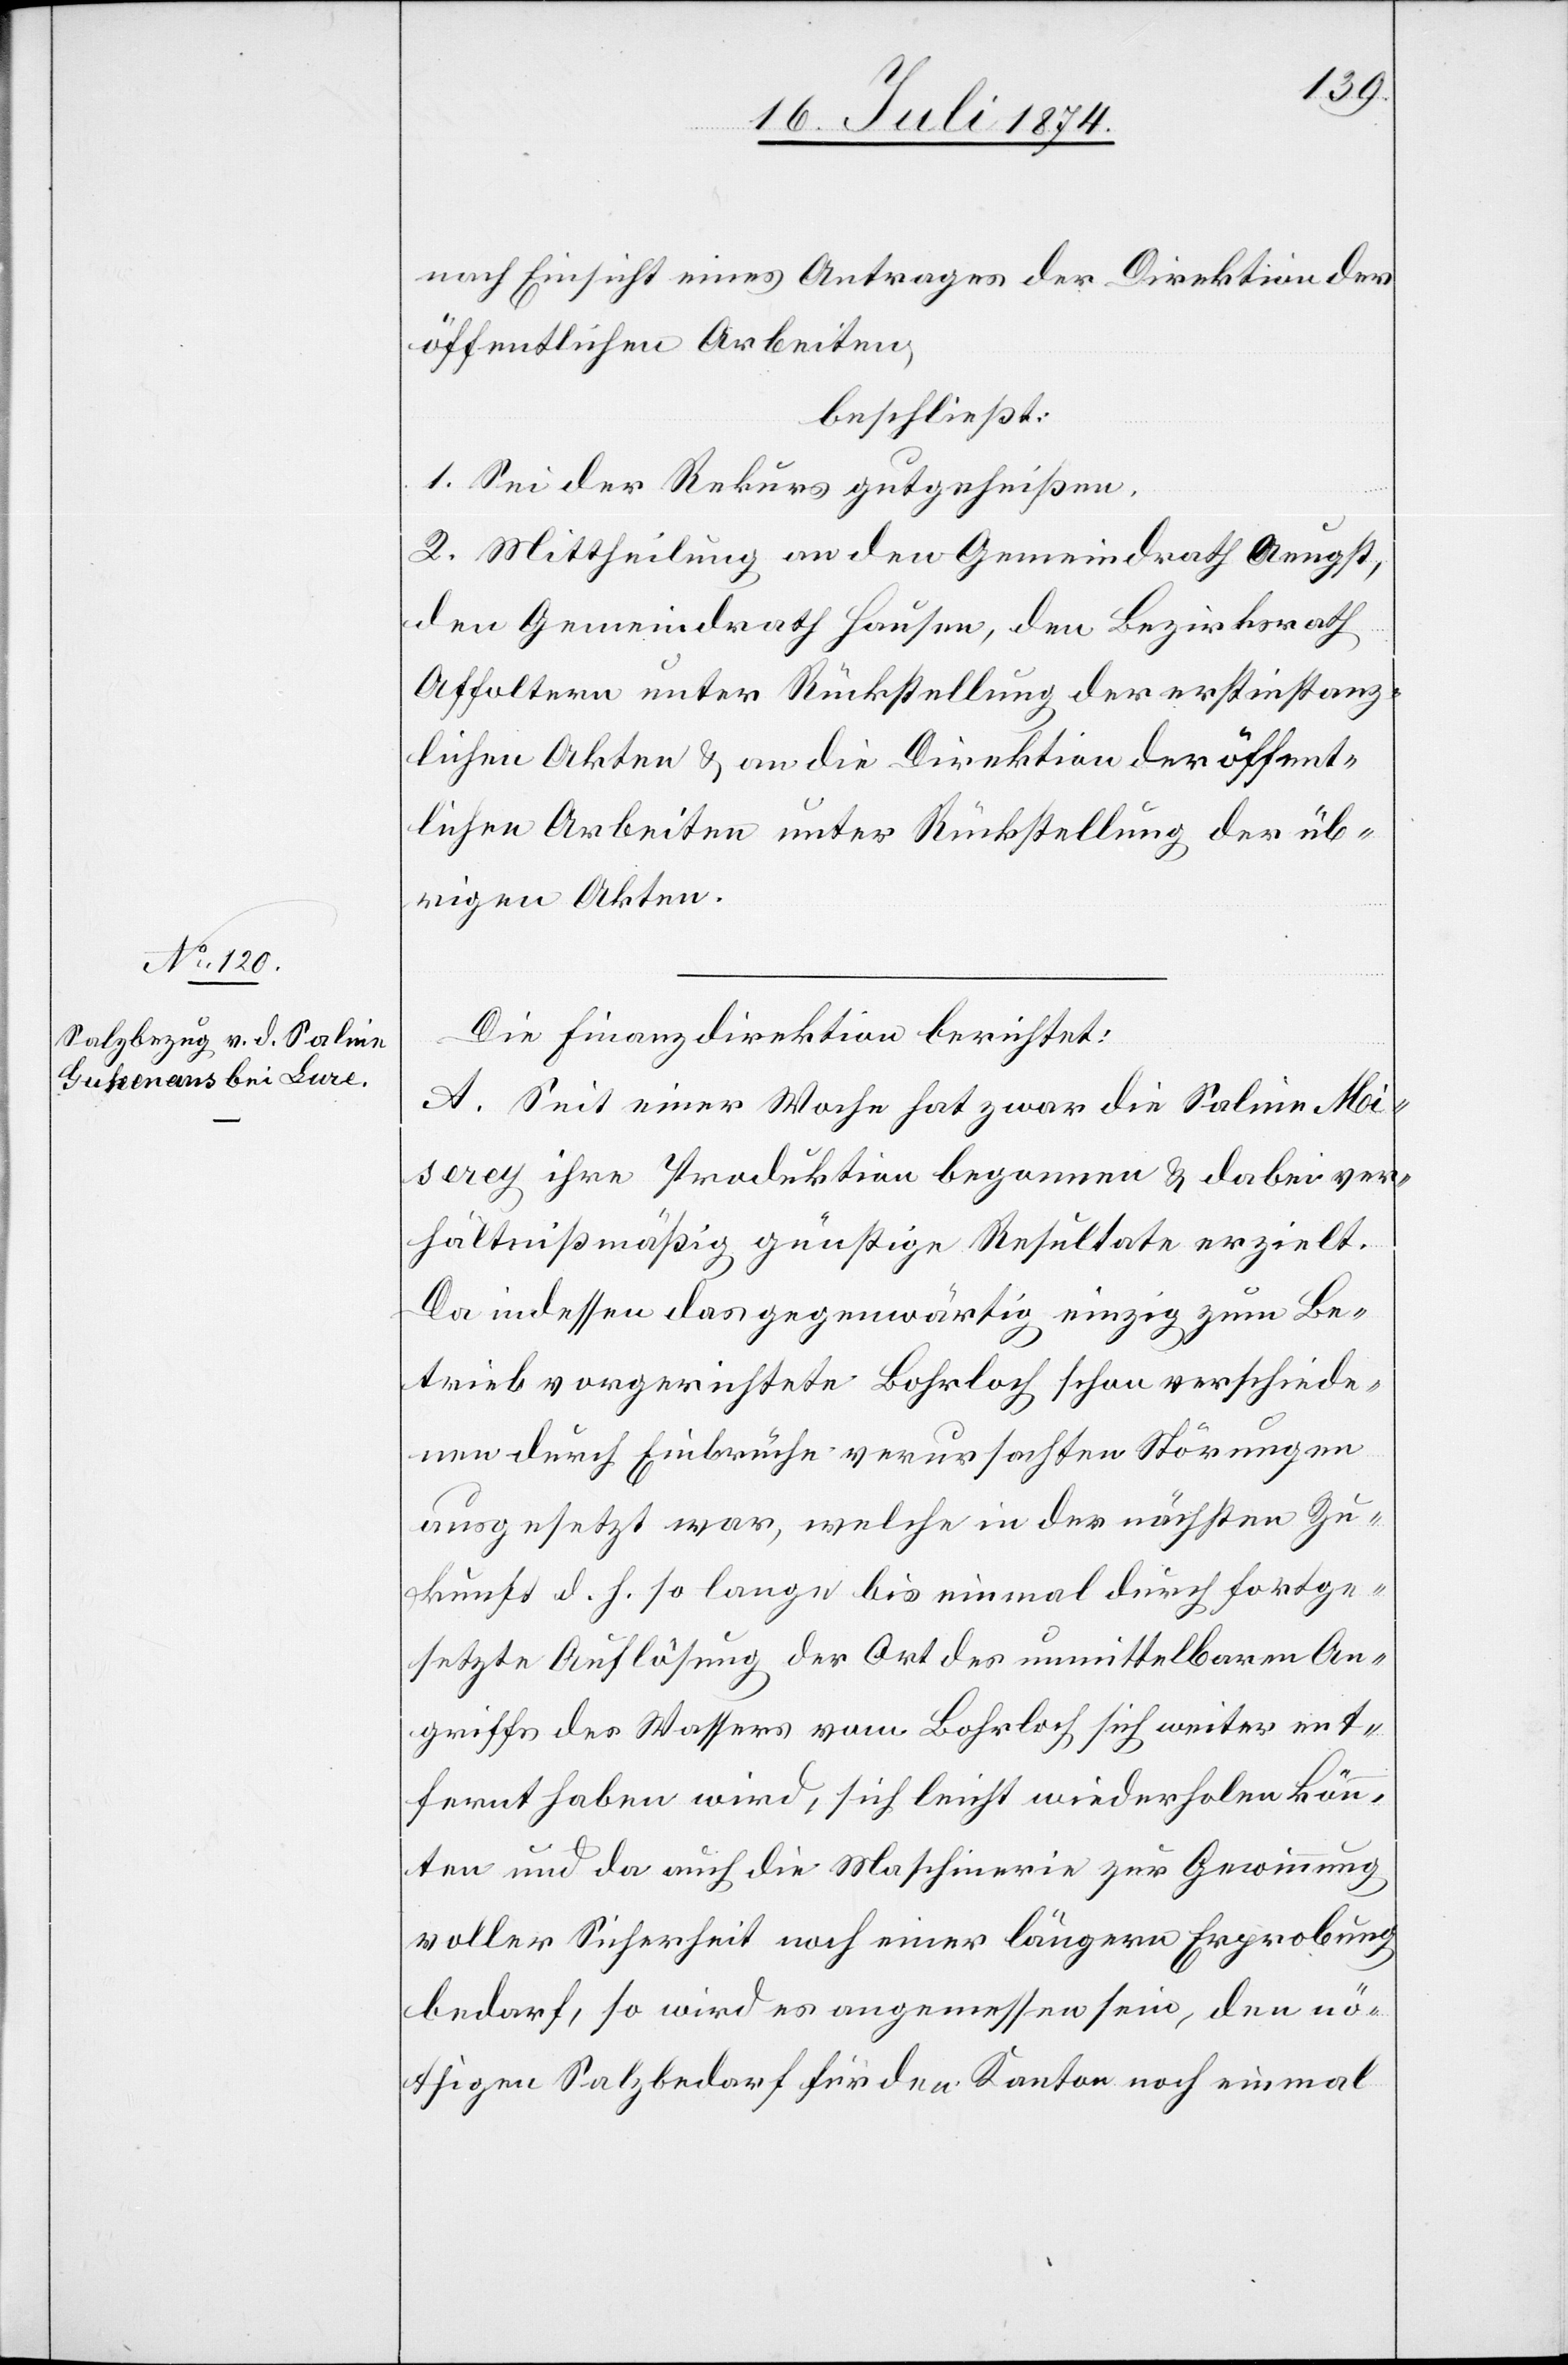
nach Einsicht eines Antrages der Direktion der
öffentlichen Arbeiten,
beschließt:
1. Sei der Rekurs gutzuheißen.
2. Mittheilung an den Gemeindrath Aeugst,
den Gemeindrath Hausen, den Bezirksrath
Affoltern unter Rückstellung der erstinstanz¬
lichen Akten u. an die Direktion der öffent¬
lichen Arbeiten unter Rückstellung der üb¬
rigen Akten.
Die Finanzdirektion berichtet:
A. Seit einer Woche hat zwar die Saline Mi¬
serey ihre Produktion begonnen u. dabei ver¬
hältnißmäßig günstige Resultate erzielt.
Da indessen das gegenwärtig einzige zum Be¬
trieb vorgerichtete Bohrloch schon verschiede¬
nen durch Einbrüche verursachten Störungen
ausgesetzt war, welche in der nächsten Zu¬
kunft d. h. so lange bis einmal durch fortge¬
setzte Auflösung der Ort des unmittelbaren An¬
griffs des Wassers vom Bohrloch sich weiter ent¬
fernt haben wird, sich leicht wiederholen könn¬
ten und da auch die Maschinerie zur Gewinnung
voller Sicherheit noch einer längern Erprobung
bedarf, so wird es angemessen sein, den nö¬
thigen Salzbedarf für den Kanton noch einmal